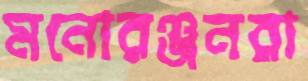
মনোরঞ্জনরা